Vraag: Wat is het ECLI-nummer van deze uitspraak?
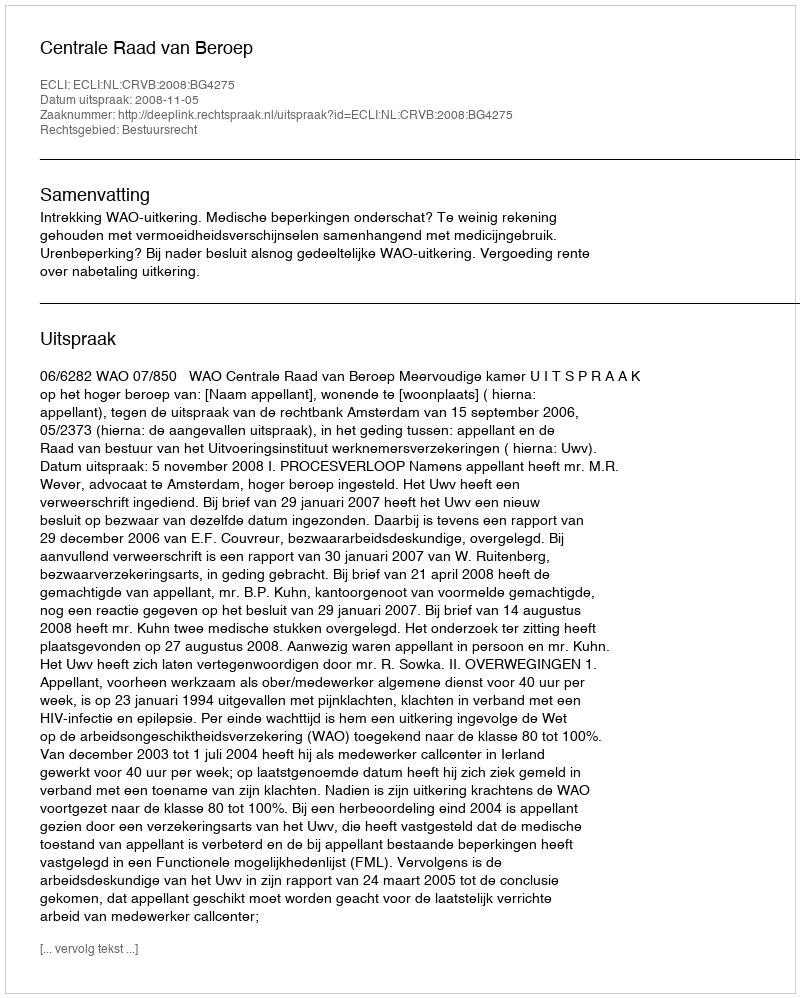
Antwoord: ECLI:NL:CRVB:2008:BG4275